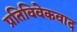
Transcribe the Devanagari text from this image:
प्रतिविवेकवाद